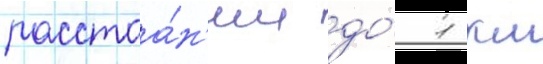
расстоа́н'ии до́ 1 км